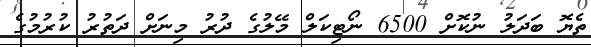
ތެޔޮ ބަދަލު ނުކޮށް 6500 ނޯޓިކަލް މޭލުގެ ދުރު މިނަށް ދަތުރު ކުރުމުގެ